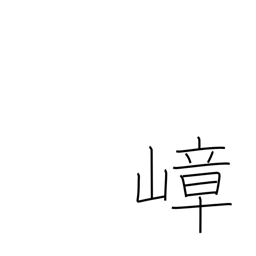
Meaning: lofty